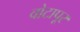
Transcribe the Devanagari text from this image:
वोटापूर